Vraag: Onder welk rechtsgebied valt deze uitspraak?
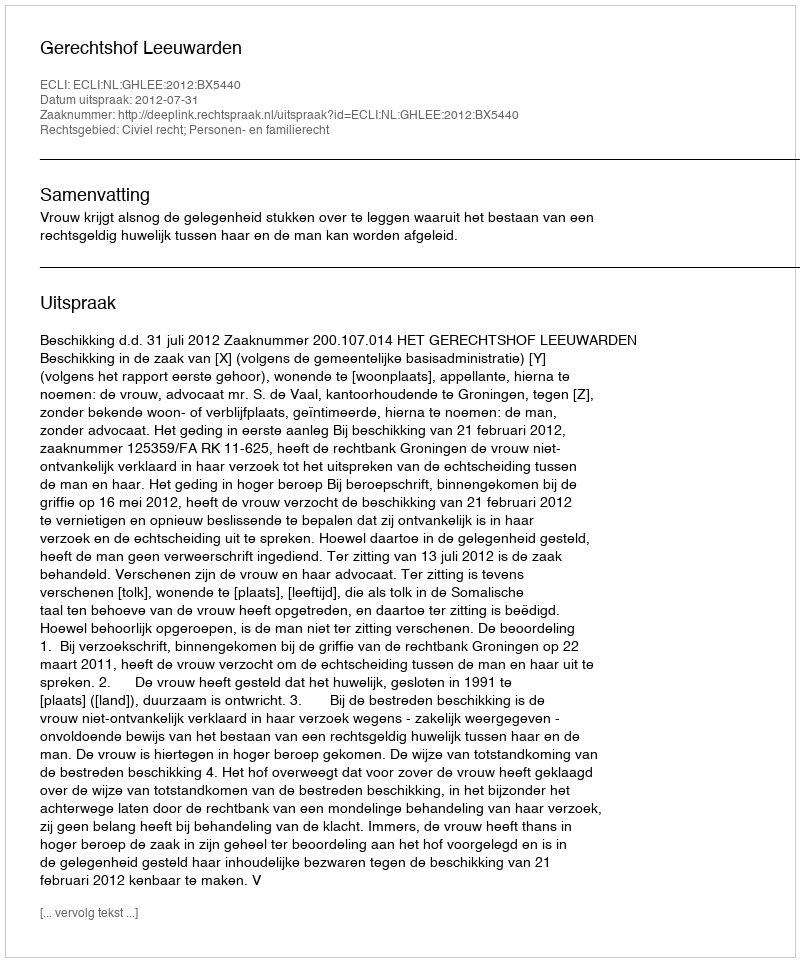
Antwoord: Civiel recht; Personen- en familierecht